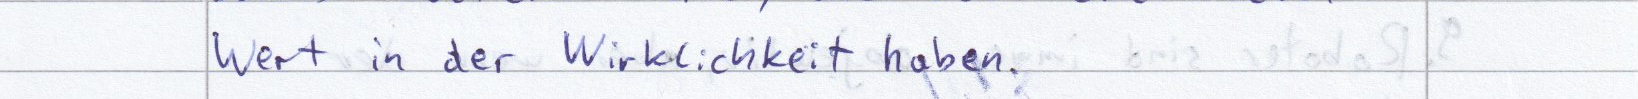
Wert in der Wirklichkeit haben.